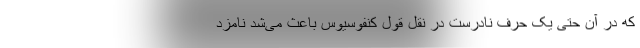
که در آن حتی یک حرفِ نادرست در نقلِ قولِ کنفوسیوس باعث می‌شد نامزد